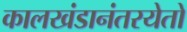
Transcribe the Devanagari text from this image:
कालखंडानंतरयेतो